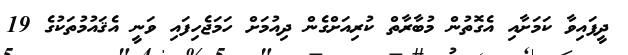
ދީފައިވާ ކަމަށާއި އެގޮތުން މުބާރާތް ކުރިއަށްގެން ދިއުމަށް ހަމަޖެހިފައި ވަނީ އެޤައުމުތަކުގެ 19